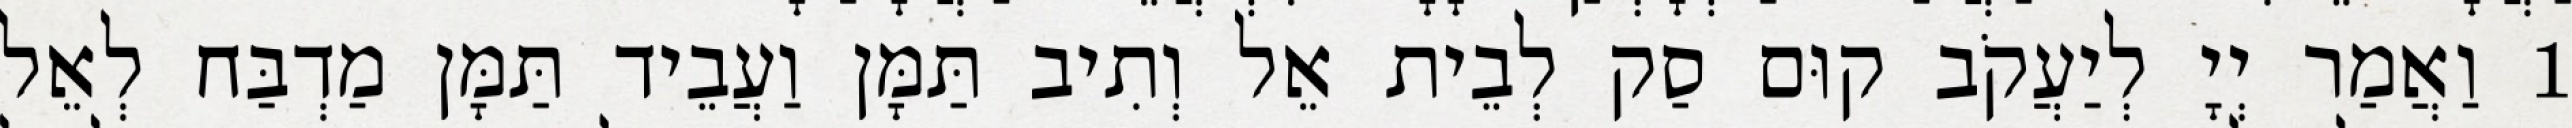
1 וַאֲמַר יְיָ לְיַעֲקֹב קוּם סַק לְבֵית אֵל וְתִיב תַּמָּן וַעֲבֵיד תַּמָּן מַדְבַּח לְאֵל